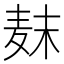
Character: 𱋊